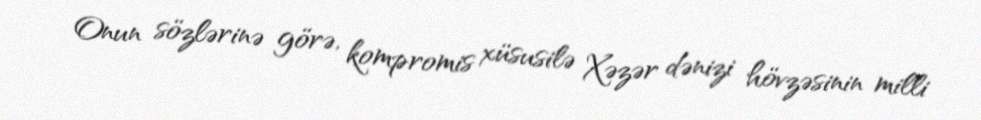
Onun sözlərinə görə, kompromis xüsusilə Xəzər dənizi hövzəsinin milli